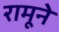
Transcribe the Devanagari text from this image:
रामूने